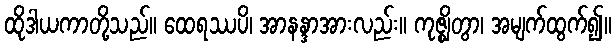
ထိုဒါယကာတို့သည်။ ထေရဿပိ၊ အာနန္ဒာအားလည်း။ ကုဇ္ဈိတွာ၊ အမျက်ထွက်၍။